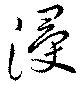
浸